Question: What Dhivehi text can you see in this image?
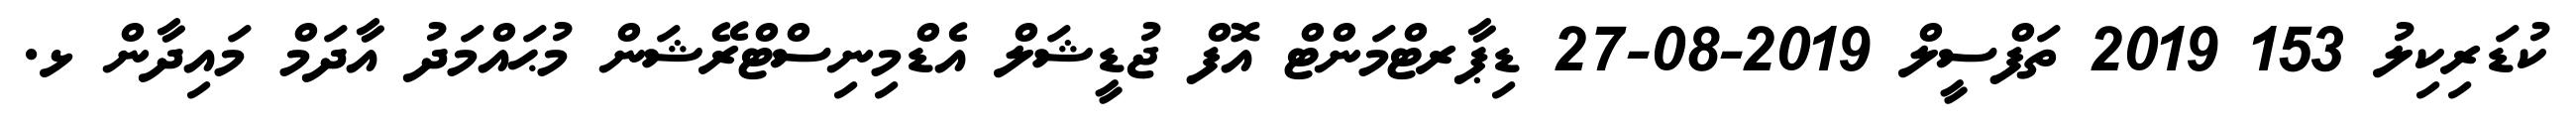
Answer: ކުޑަރިކިލު 153 2019 ތަފްސީލް 2019-08-27 ޑިޕާރޓްމަންޓް އޮފް ޖުޑީޝަލް އެޑްމިނިސްޓްރޭޝަން މުޙައްމަދު އާދަމް މައިދާން ޅ.